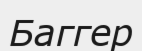
Баггер